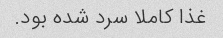
غذا کاملا سرد شده بود.